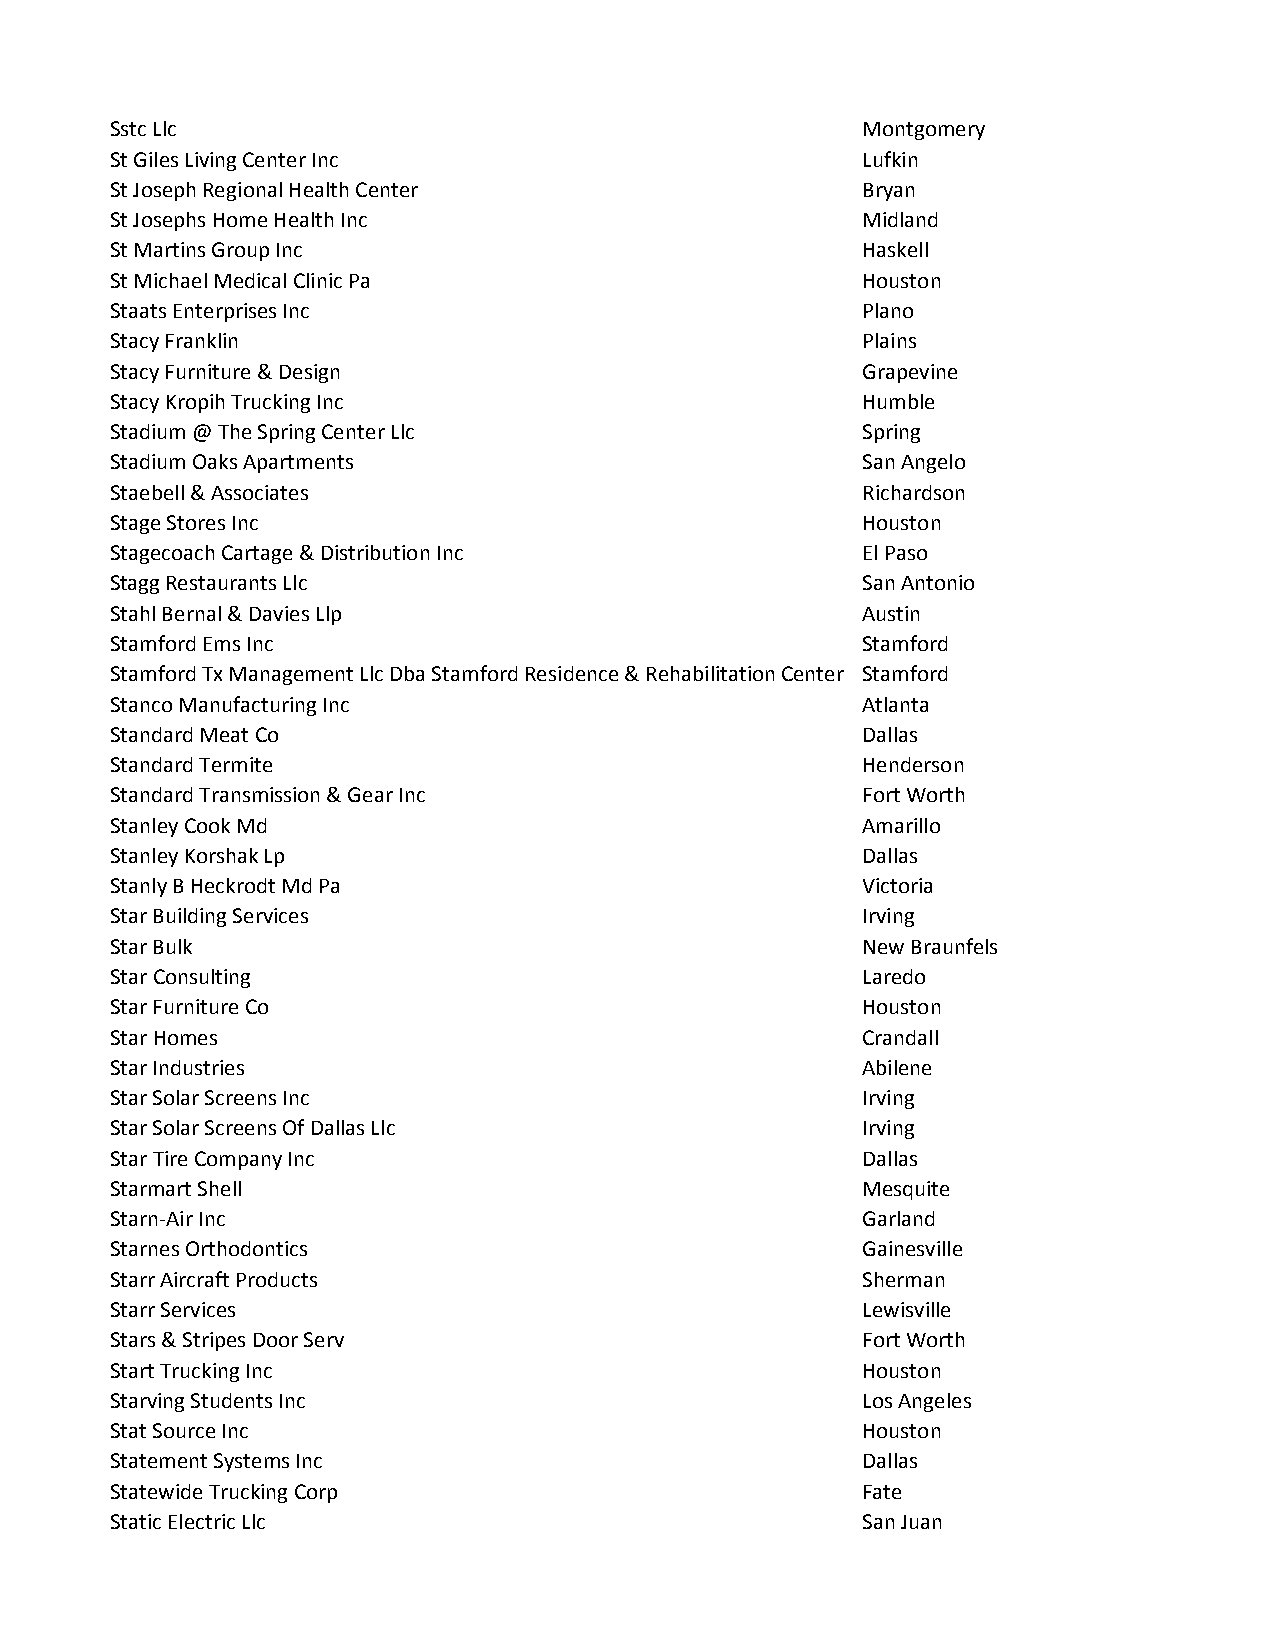
Sstc Llc                                          Montgomery
 St Giles Living Center Inc                        Lufkin
 St Joseph Regional Health Center                  Bryan
 St Josephs Home Health Inc                        Midland
 St Martins Group Inc                              Haskell
 St Michael Medical Clinic Pa                      Houston
 Staats Enterprises Inc                            Plano
 Stacy Franklin                                    Plains
 Stacy Furniture & Design                          Grapevine
 Stacy Kropih Trucking Inc                         Humble
 Stadium @ The Spring Center Llc                   Spring
 Stadium Oaks Apartments                           San Angelo
 Staebell & Associates                             Richardson
 Stage Stores Inc                                  Houston
 Stagecoach Cartage & Distribution Inc             El Paso
 Stagg Restaurants Llc                             San Antonio
 Stahl Bernal & Davies Llp                         Austin
 Stamford Ems Inc                                  Stamford
 Stamford Tx Management Llc Dba Stamford Residence & Rehabilitation Center Stamford
 Stanco Manufacturing Inc                          Atlanta
 Standard Meat Co                                  Dallas
 Standard Termite                                  Henderson
 Standard Transmission & Gear Inc                  Fort Worth
 Stanley Cook Md                                   Amarillo
 Stanley Korshak Lp                                Dallas
 Stanly B Heckrodt Md Pa                           Victoria
 Star Building Services                            Irving
 Star Bulk                                         New Braunfels
 Star Consulting                                   Laredo
 Star Furniture Co                                 Houston
 Star Homes                                        Crandall
 Star Industries                                   Abilene
 Star Solar Screens Inc                            Irving
 Star Solar Screens Of Dallas Llc                  Irving
 Star Tire Company Inc                             Dallas
 Starmart Shell                                    Mesquite
 Starn-Air Inc                                     Garland
 Starnes Orthodontics                              Gainesville
 Starr Aircraft Products                           Sherman
 Starr Services                                    Lewisville
 Stars & Stripes Door Serv                         Fort Worth
 Start Trucking Inc                                Houston
 Starving Students Inc                             Los Angeles
 Stat Source Inc                                   Houston
 Statement Systems Inc                             Dallas
 Statewide Trucking Corp                           Fate
 Static Electric Llc                               San Juan